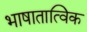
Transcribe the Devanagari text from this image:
भाषातात्विक